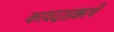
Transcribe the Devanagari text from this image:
कायदाहक्काचे